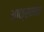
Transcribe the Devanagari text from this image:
आक्समात